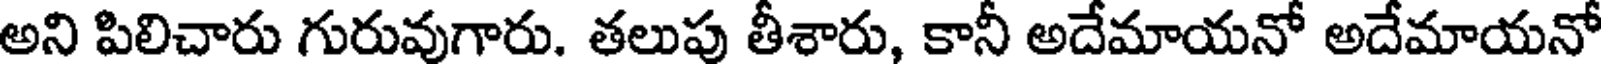
అని పిలిచారు గురువుగారు. తలుపు తీశారు, కానీ అదేమాయనో అదేమాయనో